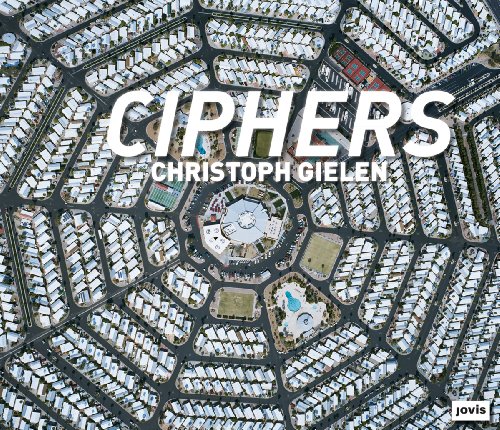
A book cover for Christoph Gielen: Ciphers; Geoff Manaugh; Arts & Photography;